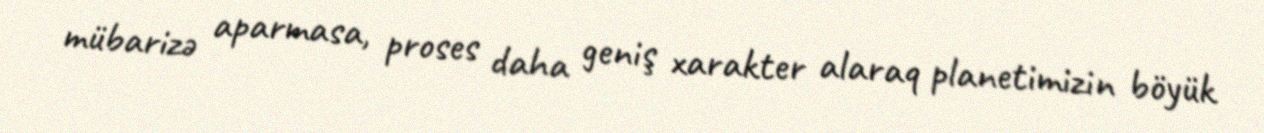
mübarizə aparmasa, proses daha geniş xarakter alaraq planetimizin böyük